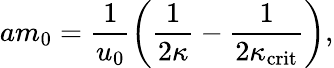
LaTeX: am_{0}=\frac{1}{u_{0}}\left(\frac{1}{2\kappa}-\frac{1}{2\kappa_{\mathrm{crit}}}\right),